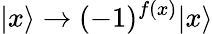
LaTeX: |x\rangle\to(-1)^{f(x)}|x\rangle